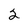
Character: 2